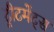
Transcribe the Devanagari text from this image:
ट्रीटमेंट्स